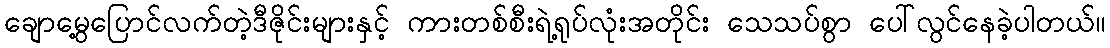
ချောမွေ့ပြောင်လက်တဲ့ဒီဇိုင်းများနှင့် ကားတစ်စီးရဲ့ရုပ်လုံးအတိုင်း သေသပ်စွာ ပေါ်လွင်နေခဲ့ပါတယ်။